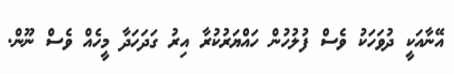
އޭނާއަކީ ދުވަހަކު ވެސް ފުލުހުން ހައްޔަރުކުރާ އިރު ގަދަހަދާ މީހެއް ވެސް ނޫން.